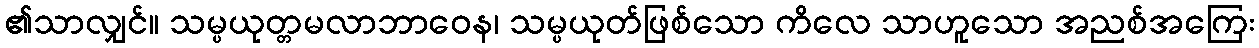
၏သာလျှင်။ သမ္ပယုတ္တမလာဘာဝေန၊ သမ္ပယုတ်ဖြစ်သော ကိလေ သာဟူသော အညစ်အကြေး